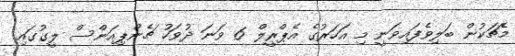
މެޗަކުން ބަލިވެފައިވަނީ މި އަހަރުގެ އެޕްރީލް 6 ވަނަ ދުވަހު ޗެންޕިއަންސް ލީގުގައި